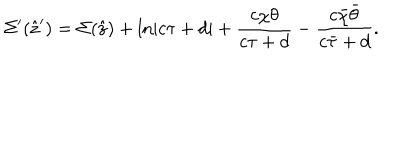
\Sigma ^ { \prime } ( \hat { \bf z } ^ { \prime } ) = \Sigma ( \hat { \bf z } ) + \ln \left| c \tau + d \right| + \frac { c \chi \theta } { c \tau + d } - \frac { c \bar { \chi } \bar { \theta } } { c \bar { \tau } + d } .